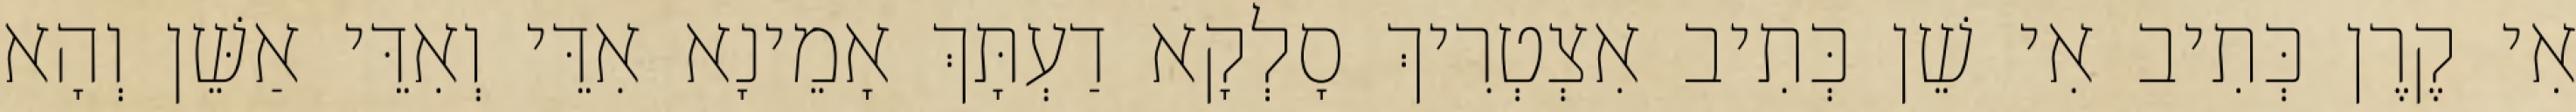
אִי קֶרֶן כְּתִיב אִי שֵׁן כְּתִיב אִצְטְרִיךְ סָלְקָא דַעְתָּךְ אָמֵינָא אִדֵּי וְאִדֵּי אַשֵּׁן וְהָא